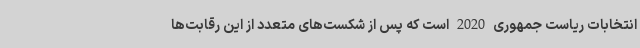
انتخابات ریاست جمهوری 2020 است که پس از شکست‌های متعدد از این رقابت‌ها